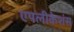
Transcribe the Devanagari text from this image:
एपलीकेशंस